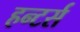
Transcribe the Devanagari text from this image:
हन्टर्स